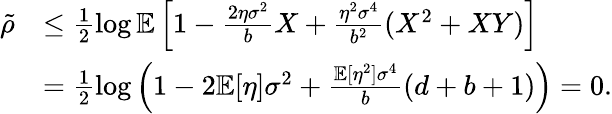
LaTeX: \begin{array}{rl}{\tilde{\rho}}&{\leq\frac{1}{2}\log\mathbb{E}\left[1-\frac{2\eta\sigma^{2}}{b}X+\frac{\eta^{2}\sigma^{4}}{b^{2}}(X^{2}+XY)\right]}\\ &{=\frac{1}{2}\log\left(1-2\mathbb{E}[\eta]\sigma^{2}+\frac{\mathbb{E}[\eta^{2}]\sigma^{4}}{b}(d+b+1)\right)=0.}\end{array}